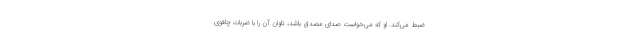
ضبط می‌کند. او که می‌خواست صدای مصدق باشد، تاوان آن را با ضربات چاقوی